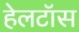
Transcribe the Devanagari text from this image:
हेलटॉस